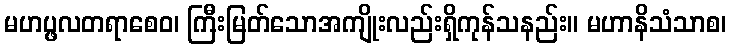
မဟပ္ဖလတရာစေဝ၊ ကြီးမြတ်သောအကျိုးလည်းရှိကုန်သနည်း။ မဟာနိသံသာစ၊